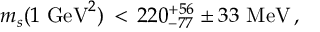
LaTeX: m _ { s } ( 1 \ \mathrm { G e V } ^ { 2 } ) \, < \, 2 2 0 _ { - 7 7 } ^ { + 5 6 } \pm 3 3 \ \mathrm { M e V } \, ,